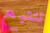
نتتبع